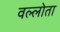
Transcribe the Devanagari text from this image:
वल्लोता